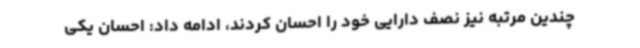
چندین مرتبه نیز نصف دارایی خود را احسان کردند، ادامه داد: احسان یکی